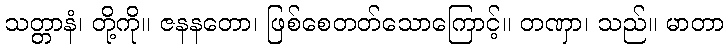
သတ္တာနံ၊ တို့ကို။ ဇနနတော၊ ဖြစ်စေတတ်သောကြောင့်။ တဏှာ၊ သည်။ မာတာ